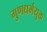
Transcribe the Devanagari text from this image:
गुणधर्मयुक्त